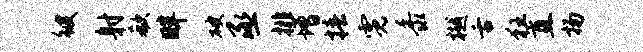
彼射欷畔破丞排增椿霓黍樾舌狂直扬